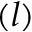
( l )